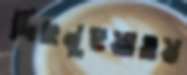
দিছনুহুয়াওয়